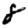
Digit: 8